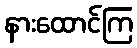
နားထောင်ကြ